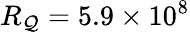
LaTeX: R_{\mathcal{Q}}=5.9\times10^{8}